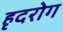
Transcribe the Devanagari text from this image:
हृदरोग